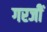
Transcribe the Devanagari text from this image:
गरजीं